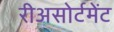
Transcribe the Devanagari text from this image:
रीअसोर्टमेंट